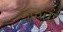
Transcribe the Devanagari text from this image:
जुळता